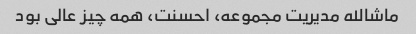
ماشالله مدیریت مجموعه، احسنت، همه چیز عالی بود